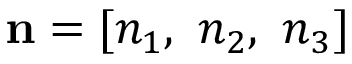
\mathbf { { n } } = [ n _ { 1 } , ~ n _ { 2 } , ~ n _ { 3 } ]